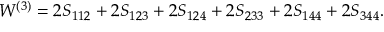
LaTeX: { \cal W } ^ { ( 3 ) } = 2 S _ { 1 1 2 } + 2 S _ { 1 2 3 } + 2 S _ { 1 2 4 } + 2 S _ { 2 3 3 } + 2 S _ { 1 4 4 } + 2 S _ { 3 4 4 } .